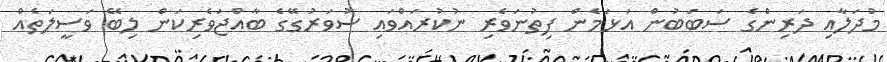
މުދަލާއި ދަރިންގެ ސަބަބުން އަޅަމެން ފިތުނަވެރި ނުކުރައްވައި ސުވަރުގޭގެ ބާއްޖަވެރިކަން ލިބޭ ވަސީލަތެއް